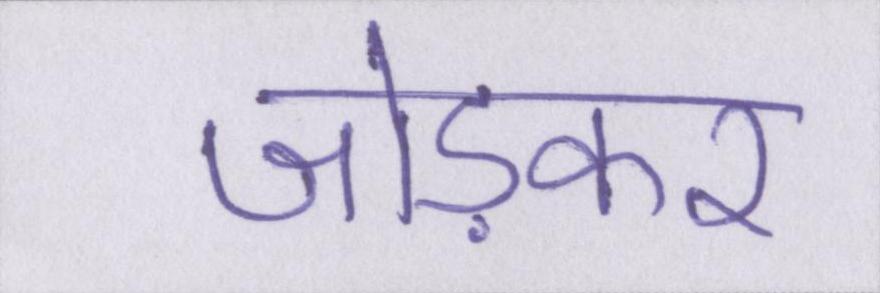
जोड़कर